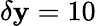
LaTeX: \delta\mathbf{y}=10